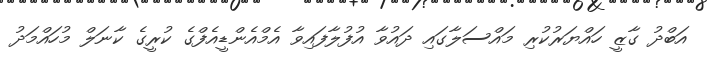
އަބްދު ގާޒީ ހައްޔަރުކުރި މައްސަލާގައި ދައުވާ އުފުލާފައިވާ އެމްއެންޑީއެފްގެ ކުރީގެ ކާނަލް މުހައްމަދު